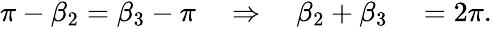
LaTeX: \begin{array}{rl}{\pi-\beta_{2}=\beta_{3}-\pi\quad\Rightarrow\quad\beta_{2}+\beta_{3}}&{{}=2\pi.}\end{array}